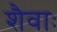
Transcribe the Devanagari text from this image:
शैवाः